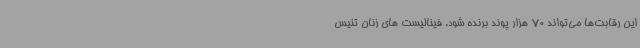
این رقابت‌ها می‌تواند 70 هزار پوند برنده شود. فینالیست های زنان تنیس